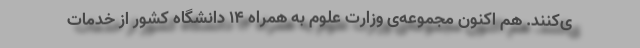
ی‌کنند. هم اکنون مجموعه‌ی وزارت علوم به همراه 14 دانشگاه کشور از خدمات